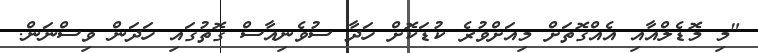
"މި މޮޑެލްއާއި އެއްގޮތަށް މިއަށްވުރެ ކުޑަކޮށް ހަދާ ސުވެނިއާސް ގޮތުގައި ހަދަން ވިސްނަން.